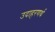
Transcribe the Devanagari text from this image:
उदाहरणर्थ